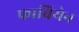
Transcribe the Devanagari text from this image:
फाबियेन